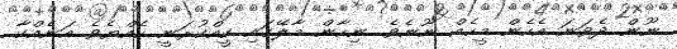
ނޫން ދެވަނަ އެހެން މީހެއް ނޫނެވެ. ނިހާން މާލޭގައި ކީއްކުރަނީ ހެއްޔެވެ އަނެއްކާ